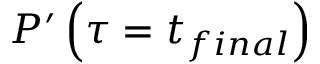
P ^ { \prime } \left( \tau = t _ { f i n a l } \right)